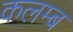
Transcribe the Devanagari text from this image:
कलम्ब